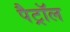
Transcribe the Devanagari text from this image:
पैट्रॉल